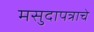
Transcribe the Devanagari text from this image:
मसुदापत्राचे